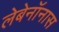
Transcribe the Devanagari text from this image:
लेबेनॉनास